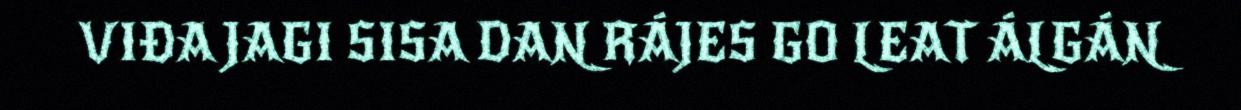
VIĐA JAGI SISA DAN RÁJES GO LEAT ÁLGÁN